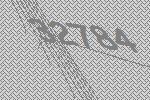
32784